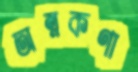
অন্নকণা